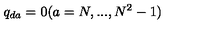
q _ { d a } = 0 ( a = N , . . . , N ^ { 2 } - 1 )